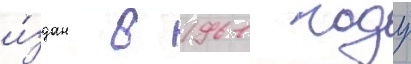
и́здан в 1961 году